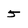
Character: 5